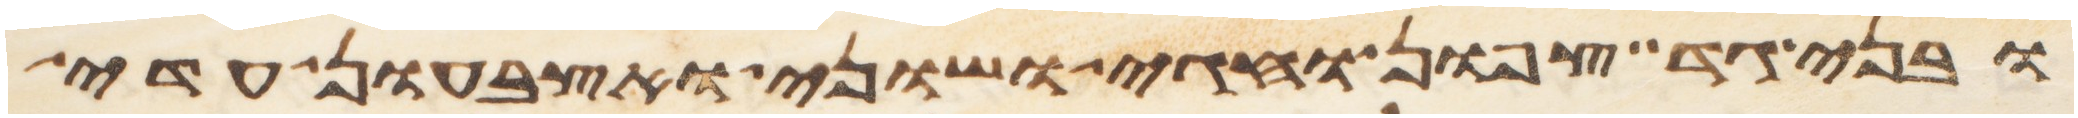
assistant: ובני גד צפון וחגי ושוני ואצבעון עדי